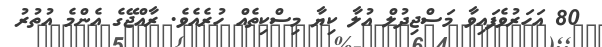
80 އަހަރުވެފައިވާ މަސްޖިދުލް އުލާ ކިޔާ މިސްކިތެއް ހުރެއެވެ. ރާއްޖޭގެ އެންމެ އުތުރު